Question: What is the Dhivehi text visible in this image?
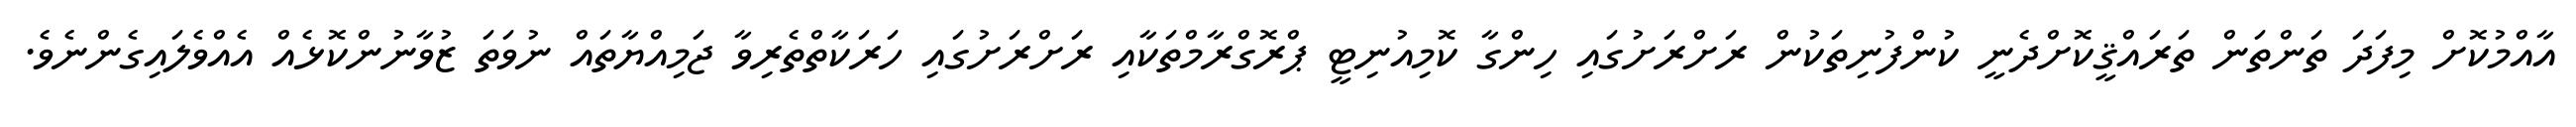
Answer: އާއްމުކޮށް މިފަދަ ތަންތަން ތަރައްޤީކޮށްދެނީ ކުންފުނިތަކުން ރަށްރަށުގައި ހިންގާ ކޮމިއުނިޓީ ޕްރޮގްރާމްތަކާއި ރަށްރަށުގައި ހަރަކާތްތެރިވާ ޖަމިއްޔާތައް ނުވަތަ ޒުވާނުންކޮޅެއް އެއްވެލައިގެންނެވެ.